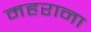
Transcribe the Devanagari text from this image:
महराना